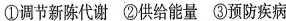
①调节新陈代谢 ②供给能量 ③预防疾病